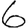
Digit: 6